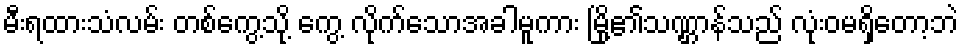
မီးရထားသံလမ်း တစ်ကွေ့သို့ ကွေ့ လိုက်သောအခါမူကား မြို့၏သဏ္ဌာန်သည် လုံးဝမရှိတော့ဘဲ